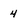
Character: 4